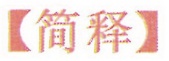
【简释】